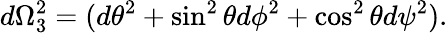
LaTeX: d\Omega_{3}^{2}=(d\theta^{2}+\sin^{2}\theta d\phi^{2}+\cos^{2}\theta d\psi^{2}).